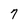
Character: 7